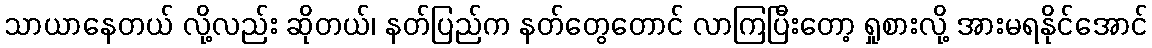
သာယာနေတယ် လို့လည်း ဆိုတယ်၊ နတ်ပြည်က နတ်တွေတောင် လာကြပြီးတော့ ရှုစားလို့ အားမရနိုင်အောင်